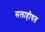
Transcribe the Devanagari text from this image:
सलाहीयत